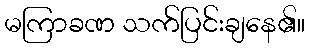
မကြာခဏ သက်ပြင်းချနေ၏။